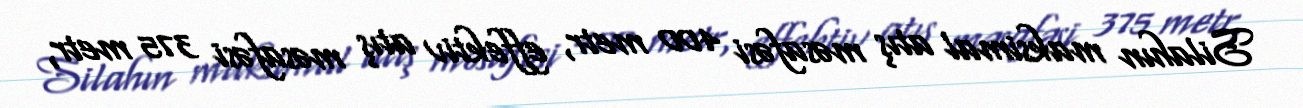
Silahın maksimal atış məsafəsi 400 metr, effektiv atış məsafəsi 375 metr,